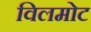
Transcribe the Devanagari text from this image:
विलमोट